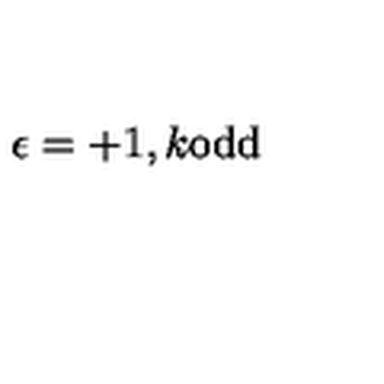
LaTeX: \epsilon = + 1 , k \mathrm { o d d }